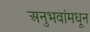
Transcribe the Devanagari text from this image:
अनुभवांमधून